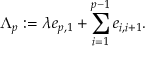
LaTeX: \Lambda _ { p } : = \lambda e _ { p , 1 } + \sum _ { i = 1 } ^ { p - 1 } e _ { i , i + 1 } .